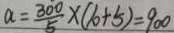
a = \frac { 3 0 0 } { 5 } \times ( 1 0 + 5 ) = 9 0 0